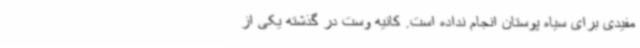
مفیدی برای سیاه پوستان انجام نداده است. کانیه وست در گذشته یکی از